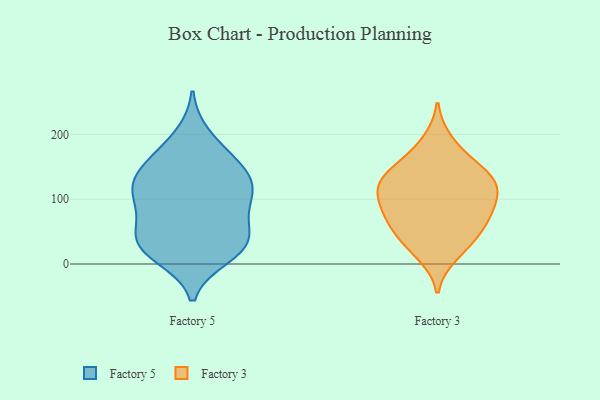
{"axis": {"x": "Shipments", "y": "Value"}, "legend": ["Factory 3", "Factory 5"], "data": [{"x": "", "y": 136, "type": "Factory 5"}, {"x": "", "y": 199, "type": "Factory 5"}, {"x": "", "y": 35, "type": "Factory 5"}, {"x": "", "y": 148, "type": "Factory 5"}, {"x": "", "y": 170, "type": "Factory 5"}, {"x": "", "y": 15, "type": "Factory 5"}, {"x": "", "y": 105, "type": "Factory 5"}, {"x": "", "y": 118, "type": "Factory 5"}, {"x": "", "y": 23, "type": "Factory 5"}, {"x": "", "y": 103, "type": "Factory 5"}, {"x": "", "y": 49, "type": "Factory 5"}, {"x": "", "y": 111, "type": "Factory 5"}, {"x": "", "y": 88, "type": "Factory 5"}, {"x": "", "y": 37, "type": "Factory 5"}, {"x": "", "y": 11, "type": "Factory 5"}, {"x": "", "y": 131, "type": "Factory 5"}, {"x": "", "y": 39, "type": "Factory 5"}, {"x": "", "y": 160, "type": "Factory 5"}, {"x": "", "y": 68, "type": "Factory 5"}, {"x": "", "y": 162, "type": "Factory 3"}, {"x": "", "y": 70, "type": "Factory 3"}, {"x": "", "y": 73, "type": "Factory 3"}, {"x": "", "y": 137, "type": "Factory 3"}, {"x": "", "y": 122, "type": "Factory 3"}, {"x": "", "y": 107, "type": "Factory 3"}, {"x": "", "y": 98, "type": "Factory 3"}, {"x": "", "y": 128, "type": "Factory 3"}, {"x": "", "y": 141, "type": "Factory 3"}, {"x": "", "y": 84, "type": "Factory 3"}, {"x": "", "y": 39, "type": "Factory 3"}, {"x": "", "y": 61, "type": "Factory 3"}, {"x": "", "y": 33, "type": "Factory 3"}, {"x": "", "y": 15, "type": "Factory 3"}, {"x": "", "y": 121, "type": "Factory 3"}, {"x": "", "y": 189, "type": "Factory 3"}]}